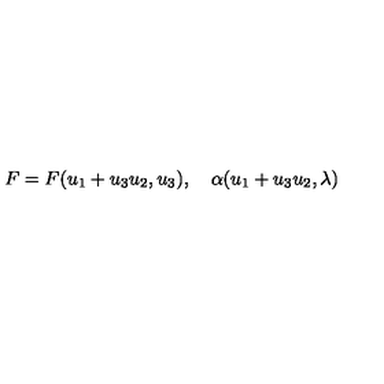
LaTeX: F = F ( u _ { 1 } + u _ { 3 } u _ { 2 } , u _ { 3 } ) , \quad \alpha ( u _ { 1 } + u _ { 3 } u _ { 2 } , \lambda )